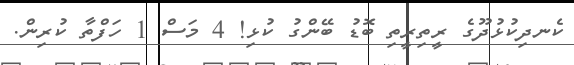
ކެނދިކުޅުދޫގެ ރީތިރީތި ބޮޑު ބޭންގު ކުޅި! 4 މަސް 1 ހަފްތާ ކުރިން.